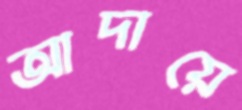
আদায়ে